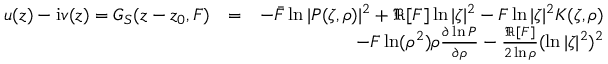
\begin{array} { r l r } { u ( z ) - \mathrm { i } v ( z ) = G _ { S } ( z - z _ { 0 } , F ) } & { = } & { - \bar { F } \ln | P ( \zeta , \rho ) | ^ { 2 } + \Re [ F ] \ln | \zeta | ^ { 2 } - F \ln | \zeta | ^ { 2 } K ( \zeta , \rho ) } \\ & { } & { - F \ln ( \rho ^ { 2 } ) \rho \frac { \partial \ln P } { \partial \rho } - \frac { \Re [ F ] } { 2 \ln \rho } ( \ln | \zeta | ^ { 2 } ) ^ { 2 } } \end{array}